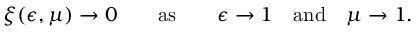
\xi ( \epsilon , \mu ) \to 0 \qquad \mathrm { a s } \qquad \epsilon \to 1 \quad \mathrm { a n d } \quad \mu \to 1 .